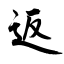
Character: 返